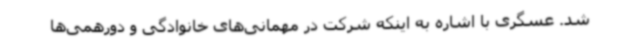
شد. عسگری با اشاره به اینکه شرکت در مهمانی‌های خانوادگی و دورهمی‌ها